Annual report of the Punjab Veterinary College and of the Civil Veterinary Department, Punjab - 1926-1932
Year: 1926
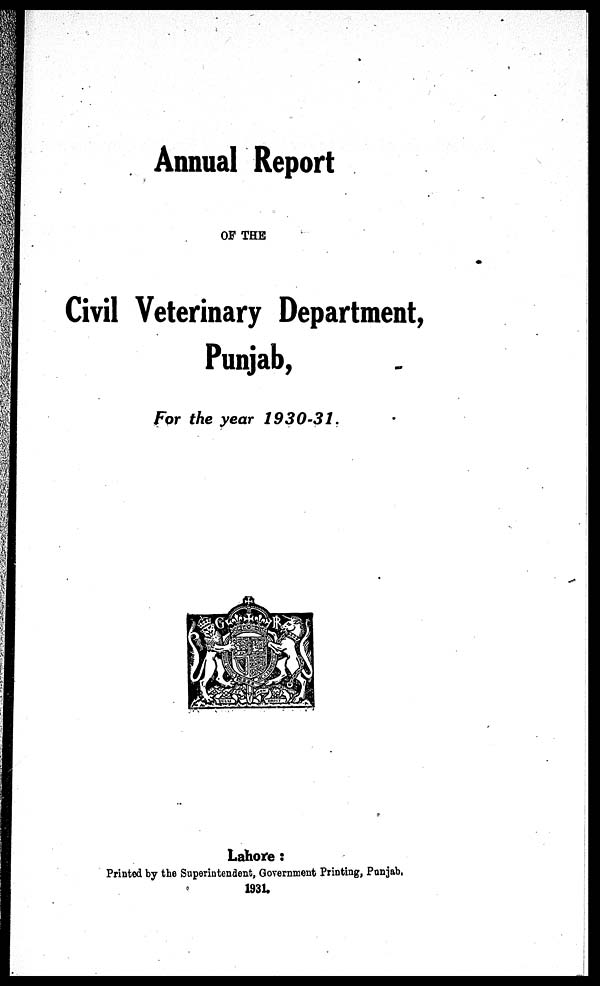
Annual Report
OF THE
Civil Veterinary Department,
Punjab,
For the year 1930-31.
Lahore :
Printed by the Superintendent, Government Printing, Punjab,
1931.